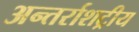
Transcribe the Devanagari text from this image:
अन्तर्राशट्रीय